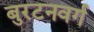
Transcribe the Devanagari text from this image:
बुरटनवर्ग